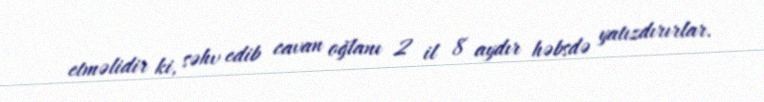
etməlidir ki, səhv edib cavan oğlanı 2 il 8 aydır həbsdə yatızdırırlar.